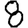
Digit: 8